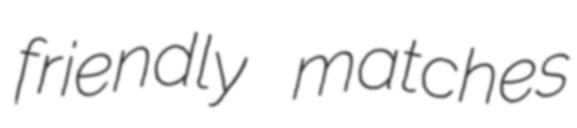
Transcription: friendly matches